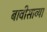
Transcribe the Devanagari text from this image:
बावीसाव्या